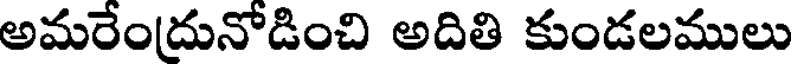
అమరేందునోడించి అదితి కుండలములు